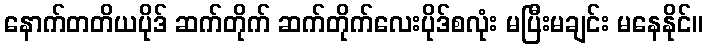
နောက်တတိယပိုဒ် ဆက်တိုက် ဆက်တိုက်လေးပိုဒ်စလုံး မပြီးမချင်း မနေနိုင်။